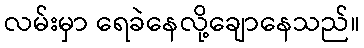
လမ်းမှာ ရေခဲနေလို့ချောနေသည်။